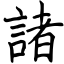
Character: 諸